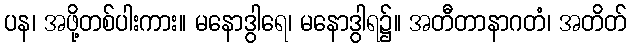
ပန၊ အဖို့တစ်ပါးကား။ မနောဒွါရေ၊ မနောဒွါရ၌။ အတီတာနာဂတံ၊ အတိတ်